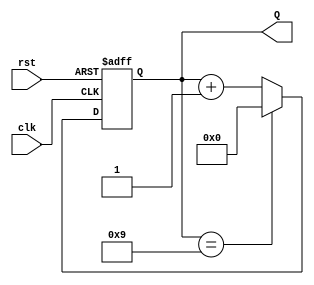
module decade_counter (
    input wire clk,        // Clock input
    input wire rst,        // Asynchronous reset input
    output reg [3:0] Q     // 4-bit output for the count
);

// Always block triggered on the rising edge of the clock or when reset is asserted
always @(posedge clk or posedge rst) begin
    if (rst) begin
        Q <= 4'b0000;      // Reset the counter to 0
    end else begin
        if (Q == 4'b1001) begin
            Q <= 4'b0000;  // If count is 9, reset to 0
        end else begin
            Q <= Q + 1;    // Increment the counter
        end
    end
end

endmodule